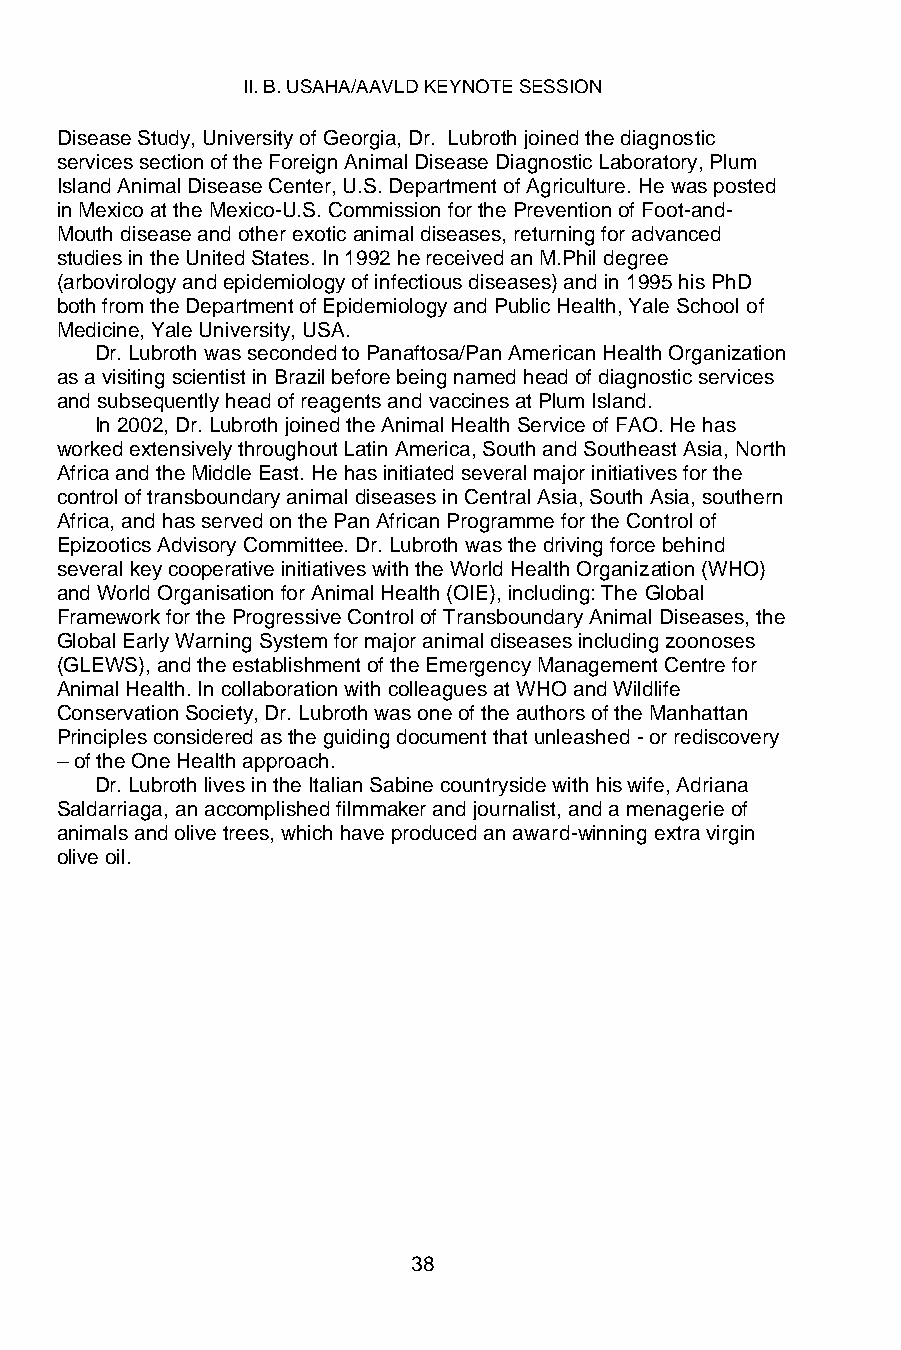
II. B. USAHA/AAVLD KEYNOTE SESSION
 Disease Study, University of Georgia, Dr. Lubroth joined the diagnostic
 services section of the Foreign Animal Disease Diagnostic Laboratory, Plum
 Island Animal Disease Center, U.S. Department of Agriculture. He was posted
 in Mexico at the Mexico-U.S. Commission for the Prevention of Foot-and-
 Mouth disease and other exotic animal diseases, returning for advanced
 studies in the United States. In 1992 he received an M.Phil degree
 (arbovirology and epidemiology of infectious diseases) and in 1995 his PhD
 both from the Department of Epidemiology and Public Health, Yale School of
 Medicine, Yale University, USA.
 Dr. Lubroth was seconded to Panaftosa/Pan American Health Organization
 as a visiting scientist in Brazil before being named head of diagnostic services
 and subsequently head of reagents and vaccines at Plum Island.
 In 2002, Dr. Lubroth joined the Animal Health Service of FAO. He has
 worked extensively throughout Latin America, South and Southeast Asia, North
 Africa and the Middle East. He has initiated several major initiatives for the
 control of transboundary animal diseases in Central Asia, South Asia, southern
 Africa, and has served on the Pan African Programme for the Control of
 Epizootics Advisory Committee. Dr. Lubroth was the driving force behind
 several key cooperative initiatives with the World Health Organization (WHO)
 and World Organisation for Animal Health (OIE), including: The Global
 Framework for the Progressive Control of Transboundary Animal Diseases, the
 Global Early Warning System for major animal diseases including zoonoses
 (GLEWS), and the establishment of the Emergency Management Centre for
 Animal Health. In collaboration with colleagues at WHO and Wildlife
 Conservation Society, Dr. Lubroth was one of the authors of the Manhattan
 Principles considered as the guiding document that unleashed - or rediscovery
 – of the One Health approach.
 Dr. Lubroth lives in the Italian Sabine countryside with his wife, Adriana
 Saldarriaga, an accomplished filmmaker and journalist, and a menagerie of
 animals and olive trees, which have produced an award-winning extra virgin
 olive oil.
 38